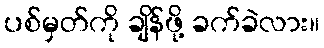
ပစ်မှတ်ကို ချိန်ဖို့ ခက်ခဲလား။